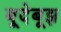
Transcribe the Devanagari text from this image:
बूदेबूझ